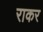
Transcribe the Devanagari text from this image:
राकर